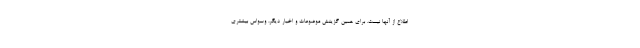
اطلاع از آنها نیست. برای همین گزینش موضوعات و اخبار دیگر، وسواس بیشتری